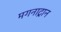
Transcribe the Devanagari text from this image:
मगनाट्रान